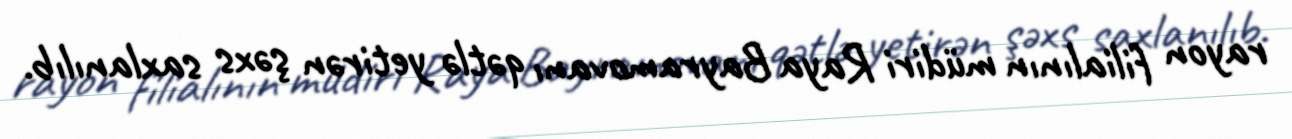
rayon filialının müdiri Raya Bayramovanı qətlə yetirən şəxs saxlanılıb.